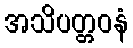
အသိပတ္တဝနံ